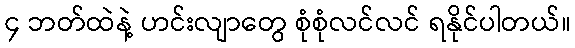
၄ ဘတ်ထဲနဲ့ ဟင်းလျာတွေ စုံစုံလင်လင် ရနိုင်ပါတယ်။